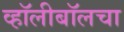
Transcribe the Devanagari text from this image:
व्हॉलीबॉलचा